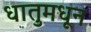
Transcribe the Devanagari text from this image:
धातुमधून